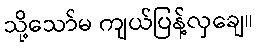
သို့သော်မ ကျယ်ပြန့်လှချေ။